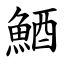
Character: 鯂